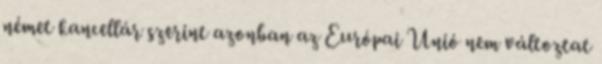
német kancellár szerint azonban az Európai Unió nem változtat